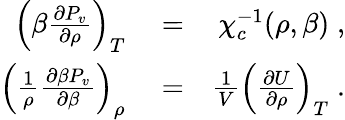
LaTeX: \begin{array}{rlr}{\left(\beta\frac{\partial P_{v}}{\partial\rho}\right)_{T}}&{{}=}&{\chi_{c}^{-1}(\rho,\beta)\; ,}\\ {\left(\frac{1}{\rho}\frac{\partial\beta P_{v}}{\partial\beta}\right)_{\rho}}&{{}=}&{\frac{1}{V}\left(\frac{\partial U}{\partial\rho}\right)_{T}\; .}\end{array}